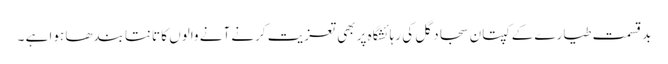
بد قسمت طیارے کے کپتان سجاد گل کی رہائشگاہ پر بھی تعزیت کرنے آنے والوں کا تانتا بندھا ہوا ہے ۔